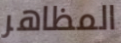
المظاهر